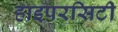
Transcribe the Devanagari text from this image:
हाइपरसिटी